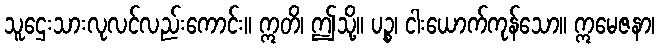
သူဌေးသားလုလင်လည်းကောင်း။ ဣတိ၊ ဤသို့။ ပဉ္စ၊ ငါးယောက်ကုန်သော။ ဣမေဇနာ၊